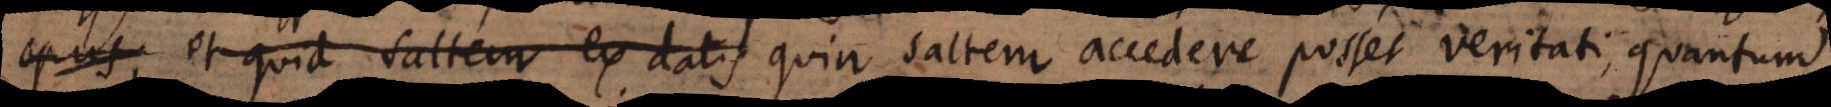
s et quid saltem ex datis quin saltem accedere posset veritati, quantum